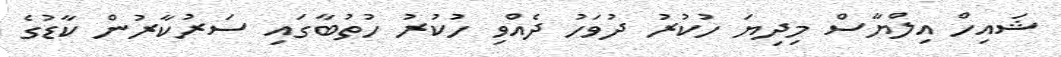
ޝައިހް އިލްޔާސް މިދިޔަ ހުކުރު ދުވަހު ދެއްވި ހުކުރު ހުތުބާގައި ސަރުކާރުން ކާޑުގެ